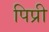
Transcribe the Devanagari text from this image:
पिप्री